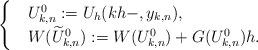
LaTeX: \begin{align*}\begin{cases}&U_{k,n}^0:=U_h(kh-,y_{k,n}),\\&W(\widetilde{U}_{k,n}^0):=W(U_{k,n}^0)+G(U_{k,n}^0)h.\end{cases}\end{align*}